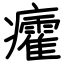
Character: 癨